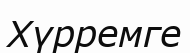
Хүрремге